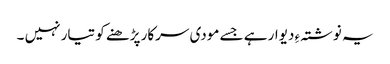
یہ نوشتہ ءِ دیوار ہے جسے مودی سرکار پڑھنے کو تیار نہیں ۔